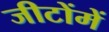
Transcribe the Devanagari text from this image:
जीटोंमें